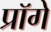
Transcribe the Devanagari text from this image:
प्रॉगे